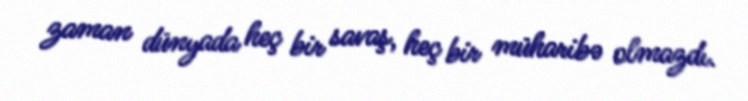
zaman dünyada heç bir savaş, heç bir müharibə olmazdı.